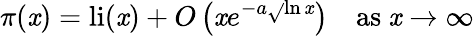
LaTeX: \pi(\mathit{x})=\operatorname{li}(\mathit{x})+O\left(\mathit{x}e^{-a{\sqrt{}{{\ln\mathit{x}}}}}\right)\quad{\mathrm{{as~}}}\mathit{x}\to\infty